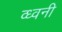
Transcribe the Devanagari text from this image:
व्ध्वनी